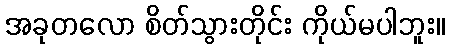
အခုတလော စိတ်သွားတိုင်း ကိုယ်မပါဘူး။